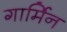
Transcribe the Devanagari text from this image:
गार्मिन